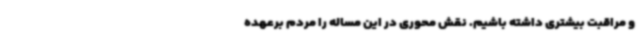
و مراقبت بیشتری داشته باشیم. نقش محوری در این مساله را مردم برعهده